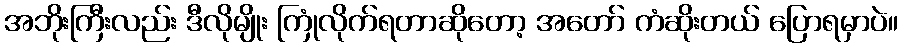
အဘိုးကြီးလည်း ဒီလိုမျိုး ကြုံလိုက်ရတာဆိုတော့ အတော် ကံဆိုးတယ် ပြောရမှာပဲ။